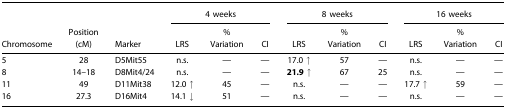
<table><thead><tr><td></td><td></td><td></td><td colspan="3"><b>4 weeks</b></td><td colspan="3"><b>8 weeks</b></td><td colspan="3"><b>16 weeks</b></td></tr><tr><td><b>Chromosome</b></td><td><b>Position (cM)</b></td><td><b>Marker</b></td><td><b>LRS</b></td><td><b>% Variation</b></td><td><b>CI</b></td><td><b>LRS</b></td><td><b>% Variation</b></td><td><b>CI</b></td><td><b>LRS</b></td><td><b>% Variation</b></td><td><b>CI</b></td></tr></thead><tbody><tr><td>5</td><td>28</td><td>D5Mit55</td><td>n.s.</td><td>—</td><td>—</td><td>17.0 <b>↑</b></td><td>57</td><td>—</td><td>n.s.</td><td>—</td><td>—</td></tr><tr><td>8</td><td>14–18</td><td>D8Mit4/24</td><td>n.s.</td><td>—</td><td>—</td><td><b>21.9 ↑</b></td><td>67</td><td>25</td><td>n.s.</td><td>—</td><td>—</td></tr><tr><td>11</td><td>49</td><td>D11Mit38</td><td>12.0 ↑</td><td>45</td><td>—</td><td>n.s.</td><td>—</td><td>—</td><td>17.7 <b>↑</b></td><td>59</td><td>—</td></tr><tr><td>16</td><td>27.3</td><td>D16Mit4</td><td>14.1 ↓</td><td>51</td><td>—</td><td>n.s.</td><td>—</td><td>—</td><td>n.s.</td><td>—</td><td>—</td></tr></tbody></table>